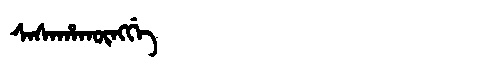
Manchu: ᠰᠠᠰᠠᡥᠠᡴᡡᠩᡤᡝ
Romanization: SASAHAKŪNGGE